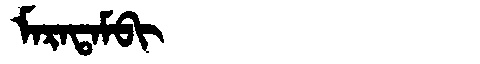
Manchu: ᠮᠠᡵᠠᡨᠠᠮᠪᡳ
Romanization: MARATAMBI